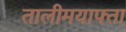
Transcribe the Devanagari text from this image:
तालीमयाफ्ता